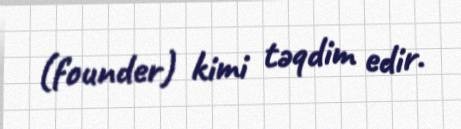
(founder) kimi təqdim edir.